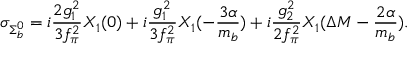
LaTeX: \sigma _ { \Sigma _ { b } ^ { 0 } } = i \frac { 2 g _ { 1 } ^ { 2 } } { 3 f _ { \pi } ^ { 2 } } X _ { 1 } ( 0 ) + i \frac { g _ { 1 } ^ { 2 } } { 3 f _ { \pi } ^ { 2 } } X _ { 1 } ( - \frac { 3 \alpha } { m _ { b } } ) + i \frac { g _ { 2 } ^ { 2 } } { 2 f _ { \pi } ^ { 2 } } X _ { 1 } ( \Delta M - \frac { 2 \alpha } { m _ { b } } ) .